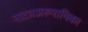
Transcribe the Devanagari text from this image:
नाटय़अख्यायिका